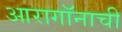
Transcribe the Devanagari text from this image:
आरागॉनाची